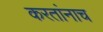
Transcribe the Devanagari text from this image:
करतांनाच